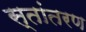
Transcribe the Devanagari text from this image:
स्तांतरण